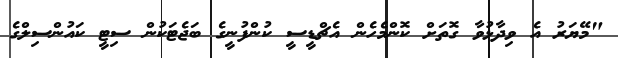
"މޭޔަރު އެ ވިދާޅުވާ ގޮތަށް ކޮންމެހެން އެޗްޑީސީ ކުންފުނީގެ ބަޖެޓަކުން ސިޓީ ކައުންސިލްގެ